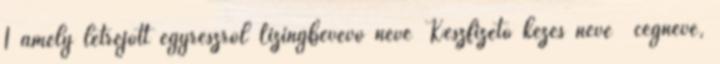
1 amely létrejött egyrészről Lízingbevevő neve Készfizető kezes neve cégneve,